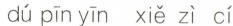
dú pīn yīn xiě zì cí